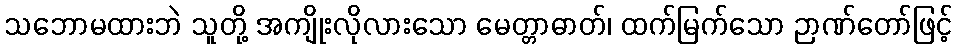
သဘောမထားဘဲ သူတို့ အကျိုးလိုလားသော မေတ္တာဓာတ်၊ ထက်မြက်သော ဉာဏ်တော်ဖြင့်